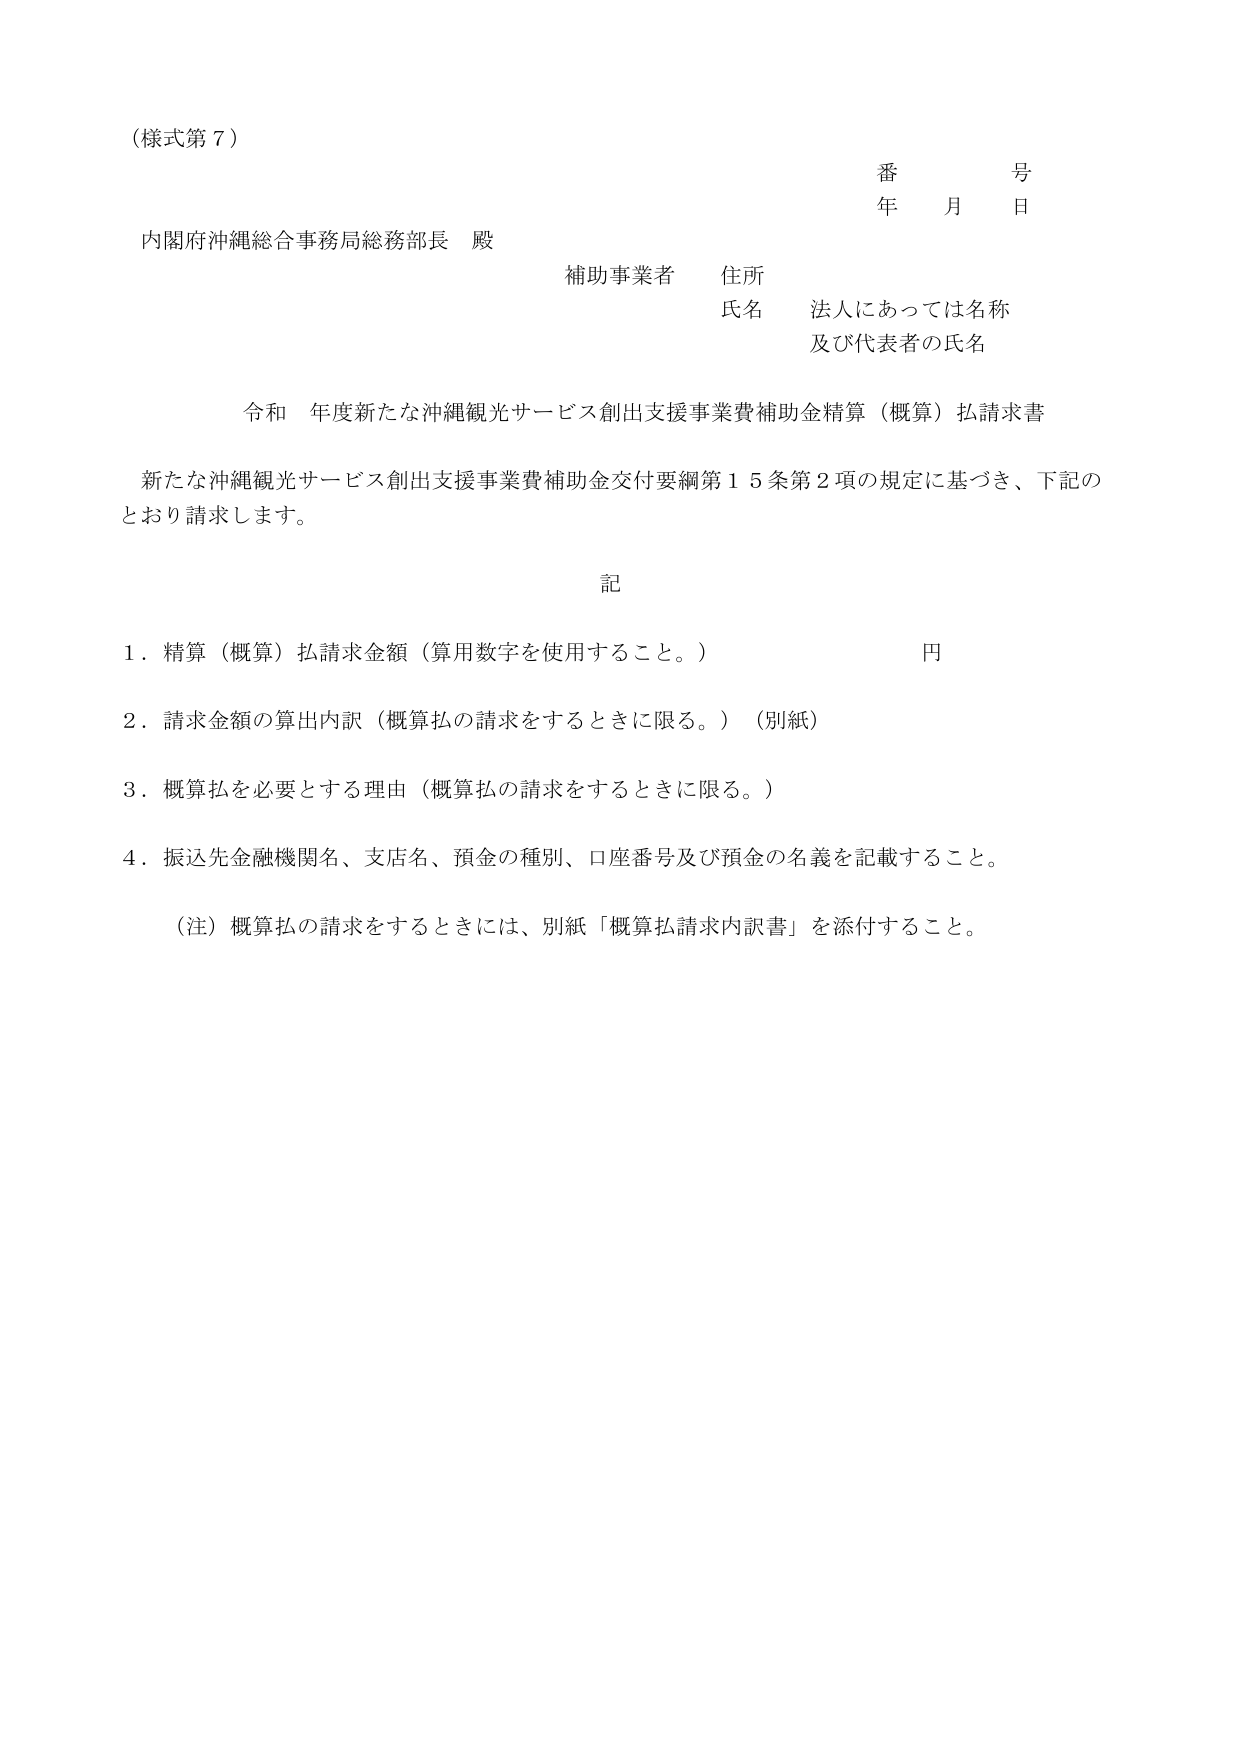
（様式第７）

番　　号
年　月　日

内閣府沖縄総合事務局総務部長　殿

補助事業者　住所
氏名　法人にあっては名称
　　　及び代表者の氏名

令和　年度新たな沖縄観光サービス創出支援事業費補助金精算（概算）払請求書

新たな沖縄観光サービス創出支援事業費補助金交付要綱第１５条第２項の規定に基づき、下記の
とおり請求します。

記

１．精算（概算）払請求金額（算用数字を使用すること。）　　　　　　　　　　　円

２．請求金額の算出内訳（概算払の請求をするときに限る。）（別紙）

３．概算払を必要とする理由（概算払の請求をするときに限る。）

４．振込先金融機関名、支店名、預金の種別、口座番号及び預金の名義を記載すること。

（注）概算払の請求をするときには、別紙「概算払請求内訳書」を添付すること。